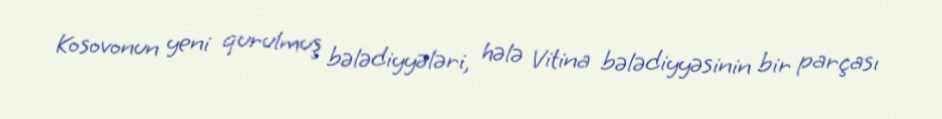
Kosovonun yeni qurulmuş bələdiyyələri, hələ Vitina bələdiyyəsinin bir parçası